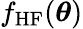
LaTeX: f_{\mathrm{HF}}(\boldsymbol{\theta})